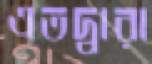
এতদ্বারা